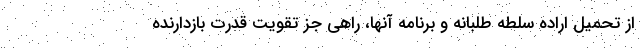
از تحمیل اراده سلطه طلبانه و برنامه آنها، راهی جز تقویت قدرت بازدارنده